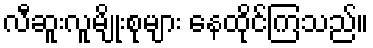
လီဆူးလူမျိုးစုများ နေထိုင်ကြသည်။